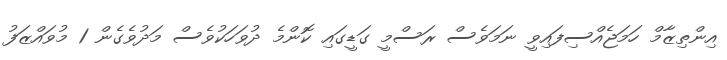
އިންތިޒާމް ހަމަޖެއްސިފައިވީ ނަމަވެސް ރަސްމީ ގަޑީގައި ކޮންމެ ދުވަހަކުވެސް މަދުވެގެން 1 މުވައްޒަފު